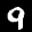
Label: 9